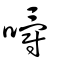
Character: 嚼